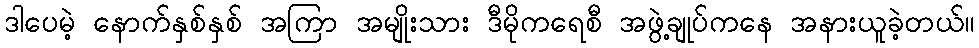
ဒါပေမဲ့ နောက်နှစ်နှစ် အကြာ အမျိုးသား ဒီမိုကရေစီ အဖွဲ့ချုပ်ကနေ အနားယူခဲ့တယ်။